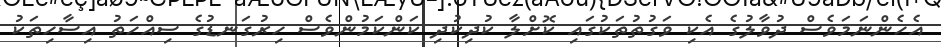
އެހެންނަމަވެސް ދުވާލުގެ އެކި ވަގުތުތަކުގައި ކޮށްލާ ކުދިކުދި ކަންކަމުންވެސް ހިރުގަނޑުގެ ސިއްހަތު އިސާހިތަކު